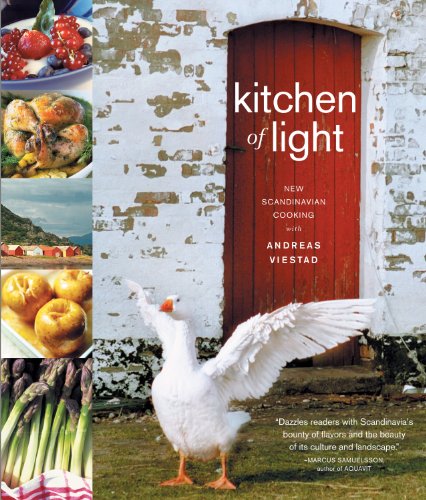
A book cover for Kitchen of Light: The New Scandinavian Cooking; Andreas Viestad; Crafts, Hobbies & Home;